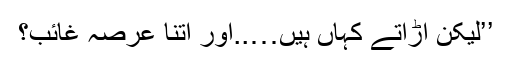
’’لیکن اڑاتے کہاں ہیں…..اور اتنا عرصہ غائب؟